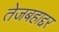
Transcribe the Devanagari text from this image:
तेजबहाद्दर